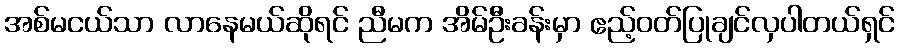
အစ်မငယ်သာ လာနေမယ်ဆိုရင် ညီမက အိမ်ဦးခန်းမှာ ဧည့်ဝတ်ပြုချင်လှပါတယ်ရှင်